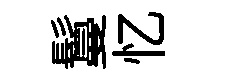
鬘忆